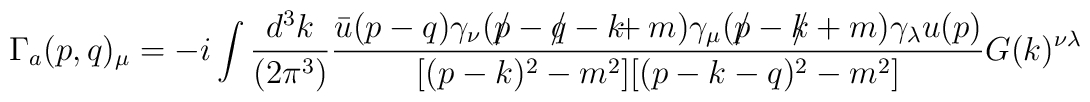
\Gamma_a(p,q)_{\mu}=-i \int \frac{d^3k}{(2 \pi^3)} \frac{\bar u(p-q) \gamma_{\nu} (p \!\!\! /-q \!\!\! / -k \!\!\! +m) \gamma_{\mu} (p \!\!\! / -k \!\!\! / +m) \gamma_{\lambda} u(p)}{[(p-k)^2-m^2][(p-k-q)^2-m^2]}G(k)^{\nu \lambda}